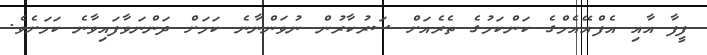
ފީފާ އާއި އެފްއޭއެމްގެ ކަންކަމުގެ ތެރެއަށް ސަރުކާރުން ނުވަންނާނެ ކަމަށް ދަންނަވާފައިވާނެ ކަމަށެވެ.